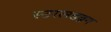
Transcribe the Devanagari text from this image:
स्टरलडब्रग